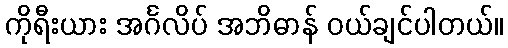
ကိုရီးယား အင်္ဂလိပ် အဘိဓာန် ဝယ်ချင်ပါတယ်။